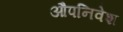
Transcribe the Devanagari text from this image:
औपनिवेश